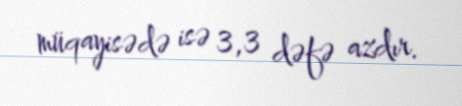
müqayisədə isə 3,3 dəfə azdır.